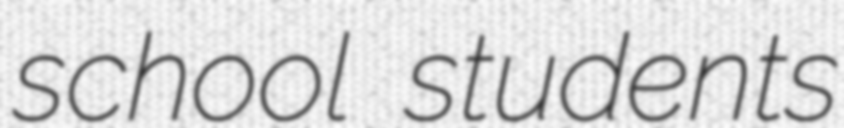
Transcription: school students